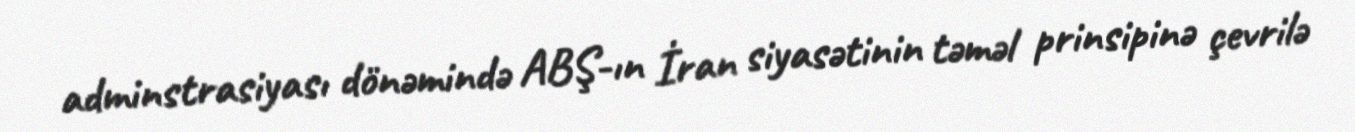
adminstrasiyası dönəmində ABŞ-ın İran siyasətinin təməl prinsipinə çevrilə